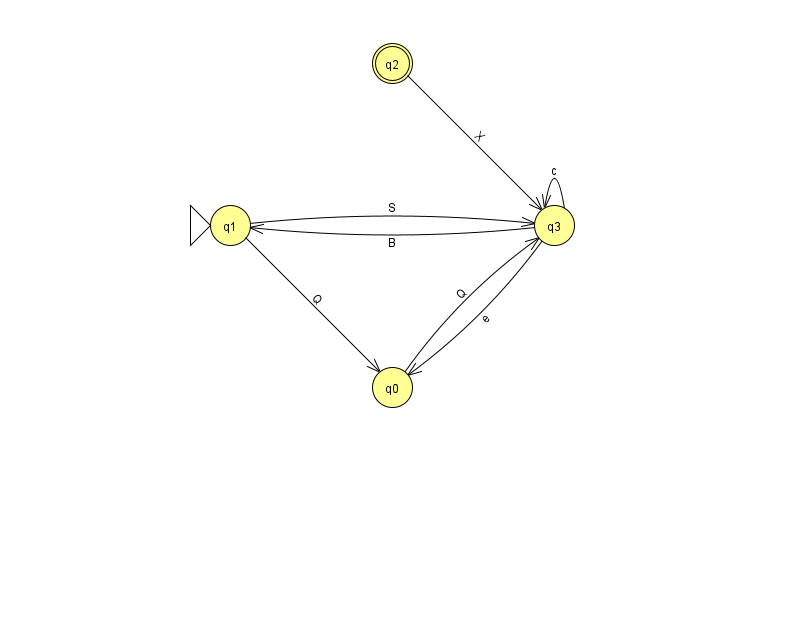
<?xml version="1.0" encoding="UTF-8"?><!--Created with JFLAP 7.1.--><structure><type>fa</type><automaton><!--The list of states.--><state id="0" name="q0"><x>392.0</x><y>374.0</y></state><state id="1" name="q1"><x>230.0</x><y>212.0</y><initial/></state><state id="2" name="q2"><x>392.0</x><y>50.0</y><final/></state><state id="3" name="q3"><x>554.0</x><y>212.0</y></state><!--The list of transitions.--><transition><from>1</from><to>0</to><read>Q</read></transition><transition><from>3</from><to>3</to><read>c</read></transition><transition><from>3</from><to>1</to><read>B</read></transition><transition><from>0</from><to>3</to><read>Q</read></transition><transition><from>1</from><to>3</to><read>S</read></transition><transition><from>2</from><to>3</to><read>X</read></transition><transition><from>3</from><to>0</to><read>e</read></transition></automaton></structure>